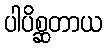
ပါပိစ္ဆတာယ